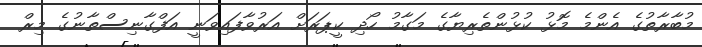
މުބާރާތުގެ އެންމެ މޮޅު ކުޅުންތެރިޔާގެ މަގާމު ހޯދި ކީޕަރަށް އަރުވާފައިވަނީ އަފްގާނިސްތާނުގެ މިރް